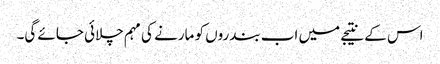
اس کے نتیجے میں اب بندروں کو مارنے کی مہم چلائی جائے گی۔